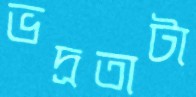
ভদ্রতাটা